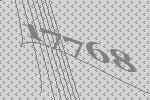
17768